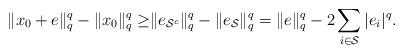
LaTeX: \begin{align*}\begin{aligned}\|x_0+e\|_{q}^{q}-\|x_0\|_{q}^{q}\geq&\|e_{\mathcal S^c}\|_{q}^{q}-\|e_{\mathcal S}\|_{q}^{q}=\|e\|_{q}^{q}-2\sum_{i\in \mathcal S}|e_i|^{q}.\end{aligned}\end{align*}